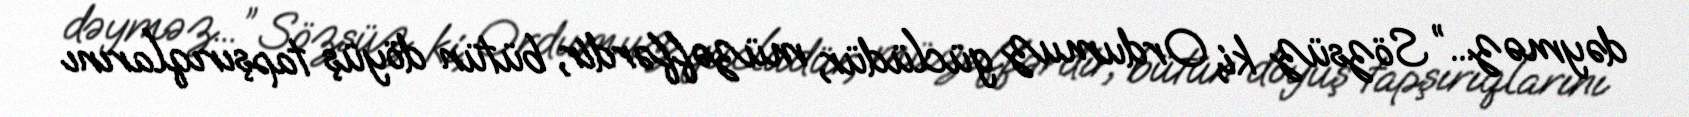
dəyməz...” Sözsüz ki, Ordumuz güclüdür, müzəffərdir, bütün döyüş tapşırıqlarını